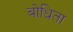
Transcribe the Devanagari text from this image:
बोधिता